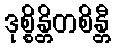
ဒုစ္စိန္တိတစိန္တီ